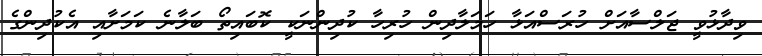
ވިދާޅުވީ ޖަލްސާއަށް ހުރަސްއަޅާ ހަމަލާދިން ހުރިހާ ކުދިންނަކީ ކޮބައިތޯ ބަލާނެ ކަމަށާއި އެކުދިންގެ